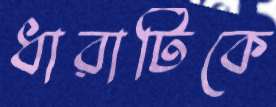
ধারাটিকে